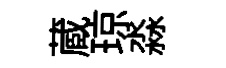
蔵琼淼